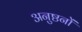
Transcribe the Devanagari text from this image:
अनुष्ठनों